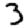
Digit: 3